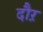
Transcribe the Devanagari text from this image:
दौऱ